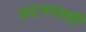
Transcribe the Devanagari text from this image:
सदनपल्ली